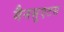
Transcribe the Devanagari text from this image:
मैनसुएटस